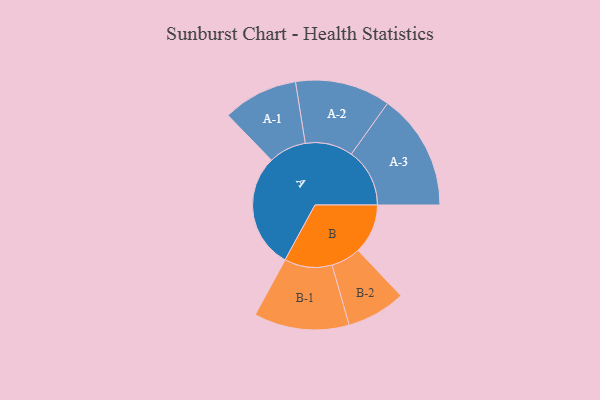
{"axis": {"x": "Segment", "y": "Value"}, "legend": ["", "A", "B"], "data": [{"x": "A", "y": 482, "type": ""}, {"x": "B", "y": 209, "type": ""}, {"x": "A-1", "y": 158, "type": "A"}, {"x": "A-2", "y": 200, "type": "A"}, {"x": "A-3", "y": 245, "type": "A"}, {"x": "B-1", "y": 200, "type": "B"}, {"x": "B-2", "y": 124, "type": "B"}]}